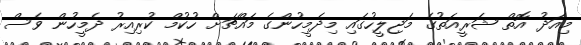
މިއަދު އޮތް ޝަރީއަތުގެ މަޖިލީހުގައި މިދެމީހުންގެ މައްޗަށް ހުކުމް ކުރިއިރު ދެމީހުން ވެސް